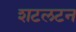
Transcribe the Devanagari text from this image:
शटलटन